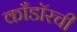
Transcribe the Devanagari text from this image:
काँडॉरची